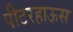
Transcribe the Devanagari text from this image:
पीटरहाऊस